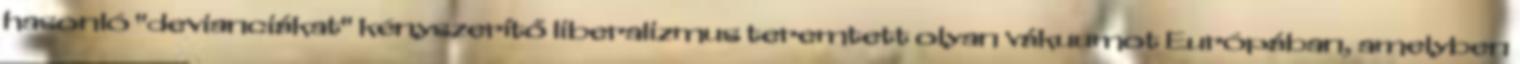
hasonló "devianciákat" kényszerítő liberalizmus teremtett olyan vákuumot Európában, amelyben